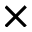
\times